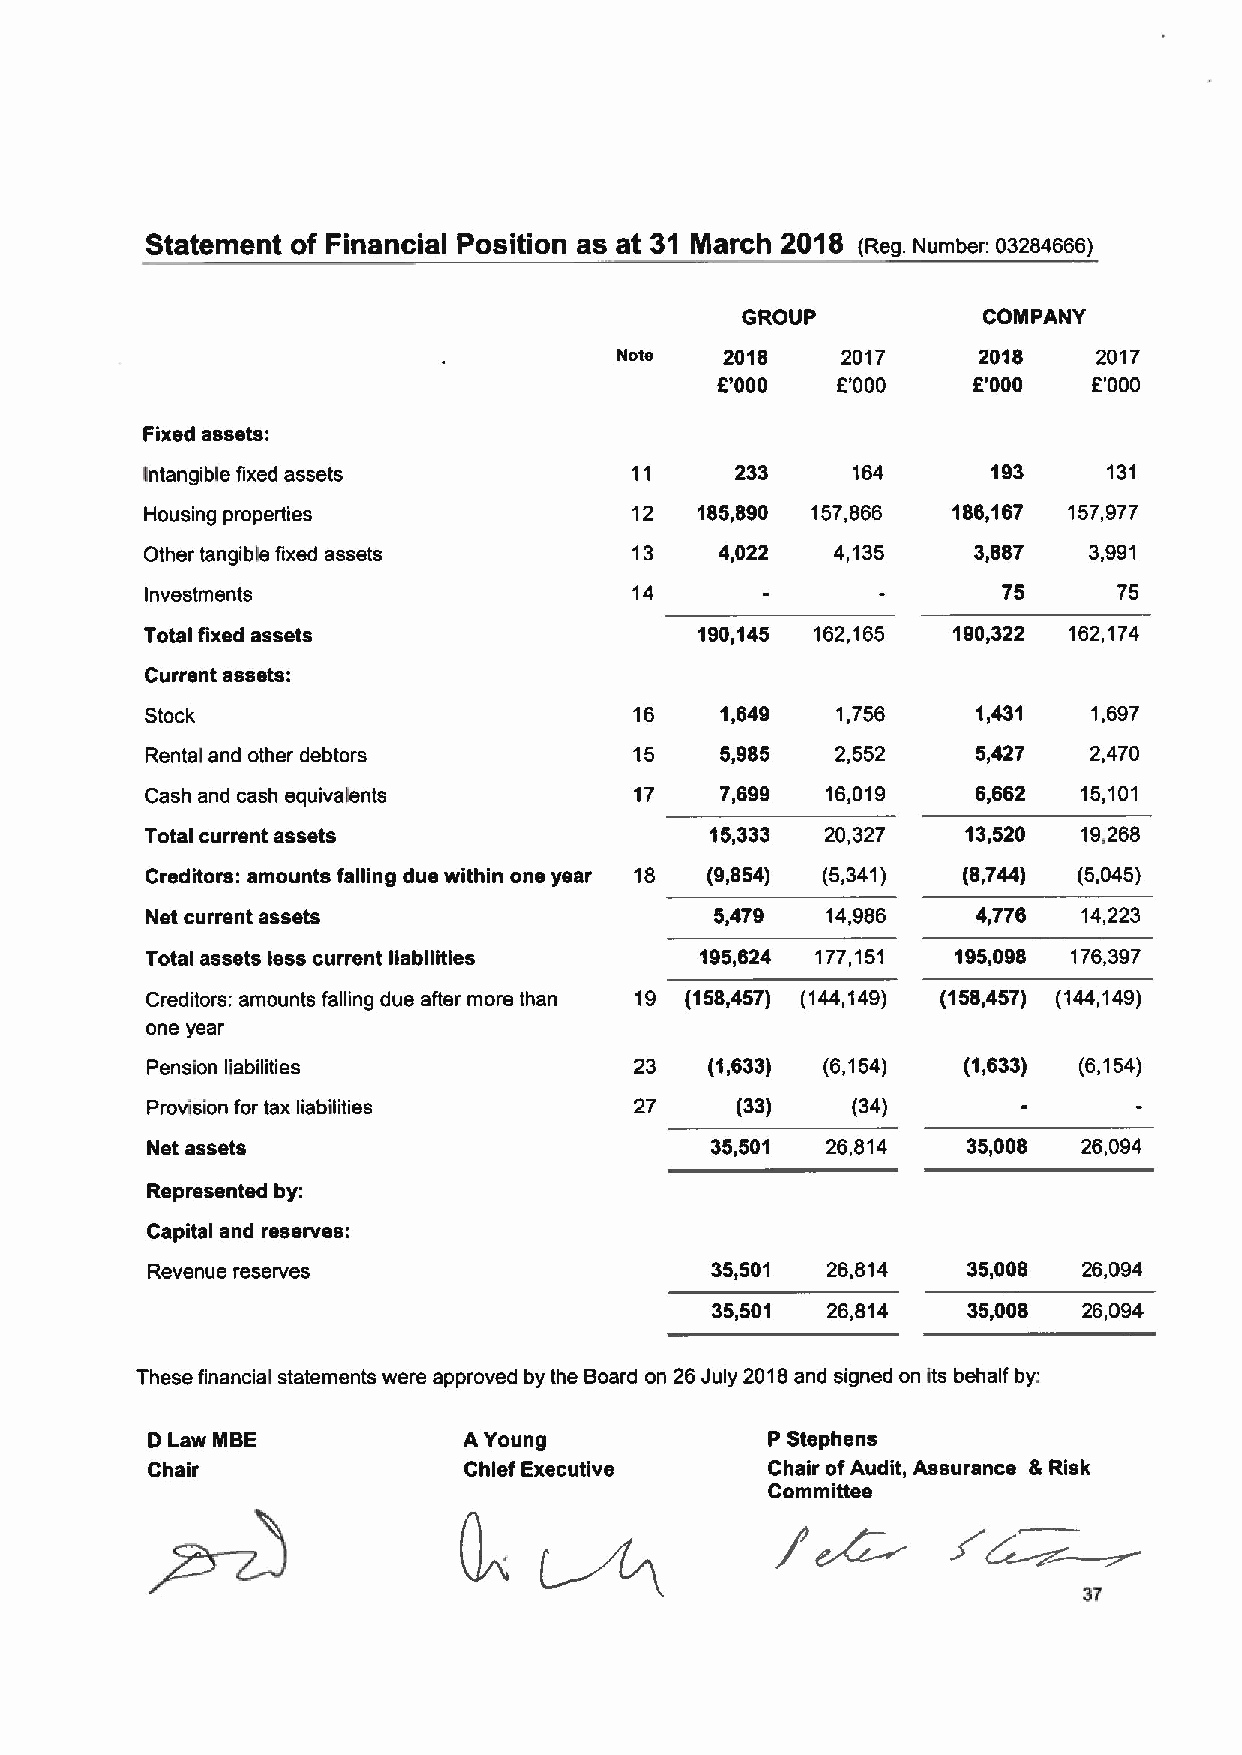
Statement of Financial Position as at 31 March 2018 (Reg. Number: 03284666)
 GROUP           COMPANY
 2018    2017     2018    2017
 8'000   6'000    8'000   6'000
 Fixed assets:
 Intangible fixed assets          11     233    164       193    131
 Housing properties              12  185,890 157,866  186,167 157,977
 Other tangible fixed assets     13    4,022  4,135     3,887  3,991
 Investments                     14                      75      75
 Total fixed assets                  190,145 162,165  190,322 162,174
 Current assets:
 Stock                           16    1,649  1,756     1,431  1,697
 Rental and other debtors        15    5,985  2,552     5,427  2,470
 Cash and cash equivalents       17    7,699  16,019    6,662  15,101
 Total current assets                 15,333  20,327   13,520  19,268
 Creditors: amounts falling due within one year 18 (9,854) (5,341) (8,744) (5,045)
 Net current assets                   5,479   14,986    4,776  14,223
 Total assets less current liabilities 195,624 177,151 195,098 176,397
 Creditors: amounts falling due after more than 19 (158,457) (144,149) (158,457) (144,149)
 one year
 Pension liabilities             23   (1,633) (6,154)  (1,633) (6,154)
 Provision for tax liabilities   27     (33)   (34)
 Net assets                           35,501  26,814   35,008  26,094
 Represented by:
 Capital and reserves:
 Revenue reserves                     35,501  26,814   35,008  26,094
 35,501  26,814   35,008  26,094
 These financial statements were approved by the Board on 26 July 2018and signed on its behalf by:
 D Law MBE            A Young             P Stephens
 Chair                Chief Executive     Chair ofAudit, Assurance &Risk
 Committee
 37